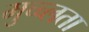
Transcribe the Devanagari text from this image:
मुच्च्लता